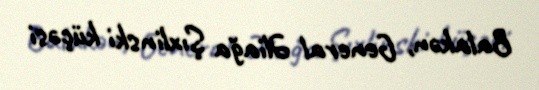
Balakən, General Əliağa Şıxlinski küçəsi